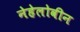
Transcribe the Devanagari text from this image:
नेहेलोवीन